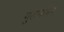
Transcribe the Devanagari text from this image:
गुढगाभर